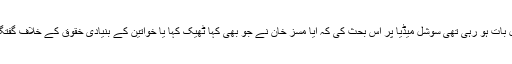
بہرحال بات ہو رہی تھی سوشل میڈیا پر اس بحث کی کہ آیا مسز خان نے جو بھی کہا ٹھیک کہا یا خواتین کے بنیادی خقوق کے خلاف گفتگو کی؟